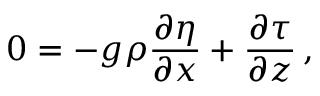
0 = - g \rho \frac { \partial \eta } { \partial x } + \frac { \partial \tau } { \partial z } \, ,